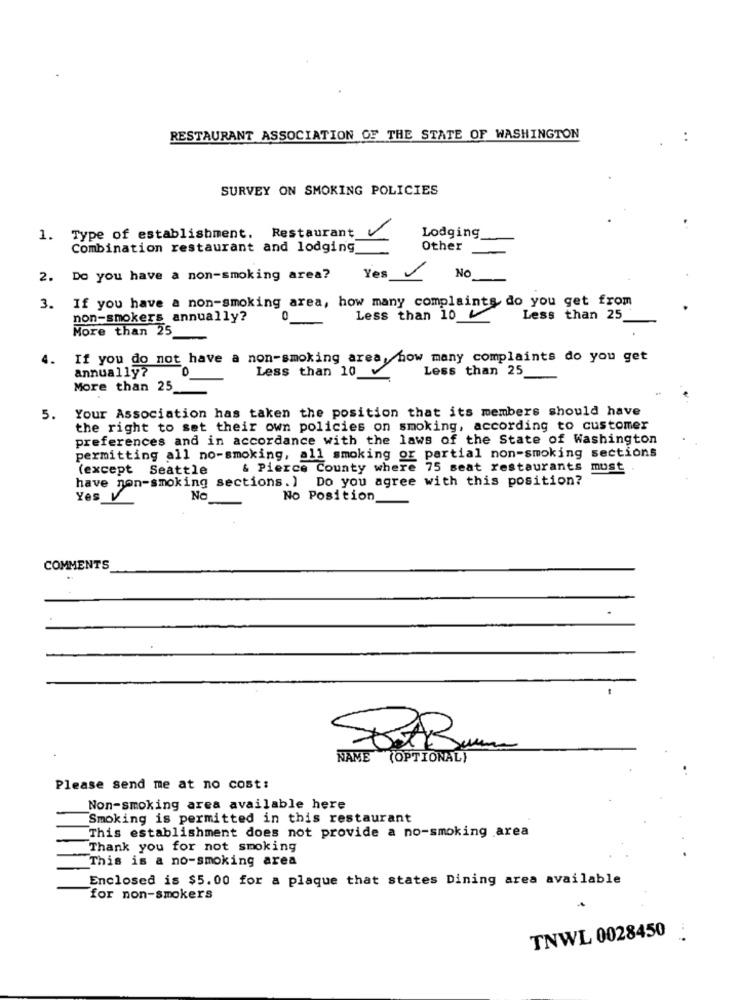
RESTAURANT ASSOCIATION OF THE STATE OF WASHINGTON
:
SURVEY ON SMOKING POLICIES
1. Type of establishment. Restaurant
Lodging
Combination restaurant and lodging
Other
No
2. Do you have a non-smoking area?
Yes
3. If you have a non-smoking area, how many complaints do you get from
non-smokers annually?
Less than 10
Less than 25
More than 25
If you do not have a non-smoking area, how many complaints do you get
annually?
Less than 10
Less than 25
More than 25
Your Association has taken the position that its members should have
5.
the right to set their own policies on smoking, according to customer
preferences and in accordance with the laws of the State of Washington
permitting all no-smoking, all smoking or partial non-smoking sections
(except Seattle
& Pierce County where 75 seat restaurants must
have non-smoking sections. ) Do you agree with this position?
Yes V
No
No Position
COMMENTS
NAME (OPTIONAL)
Please send me at no cost:
Non-smoking area available here
Smoking is permitted in this restaurant
This establishment does not provide a no-smoking area
Thank you for not smoking
This is a no-smoking area
Enclosed is $5.00 for a plaque that states Dining area available
for non-smokers
TNWL 0028450